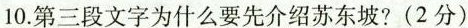
10.第三段文字为什么要先介绍苏东坡?(2分)